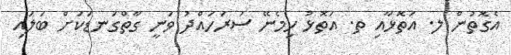
އެގޮތުން ލ. އަތޮޅާއި ތ. އަތޮޅު ހިމެނޭ ސަރަހައްދު ވަނީ ގާތްގަނޑަކަށް ބަލައި